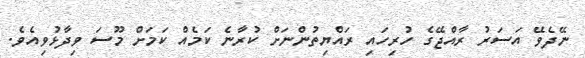
ނޭދެވޭ އަސަރު ރާއްޖޭގެ ހުރިހައި ރައްޔިތުންނަށް ކުރާނެ ކަމެއް ކަމަށް މޫސަ ވިދާޅުވިއެވެ.